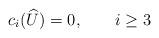
LaTeX: \begin{align*}c_{i}(\widehat{U})=0, \qquad i\geq3\end{align*}